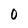
Character: 0